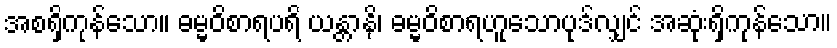
အစရှိကုန်သော။ ဓမ္မဝိစာရပရိ ယန္တာနိ၊ ဓမ္မဝိစာရဟူသောပုဒ်လျှင် အဆုံးရှိကုန်သော။